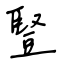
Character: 豎